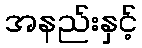
အနည်းနှင့်